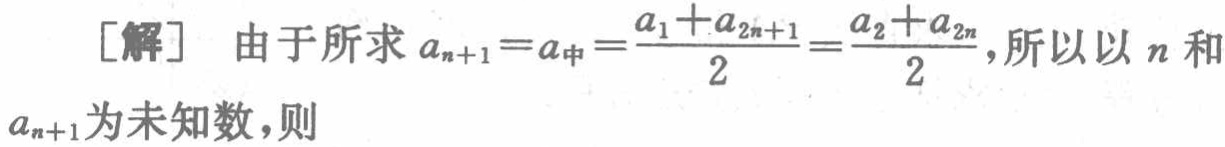
[解] 由于所求 \(a_{n + 1} = a_{中}=\frac{a_{1} + a_{2n + 1}}{2}=\frac{a_{2} + a_{2n}}{2}\), 所以以 \(n\) 和 \(a_{n + 1}\) 为未知数, 则